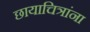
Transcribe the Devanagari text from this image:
छायाचित्रांना